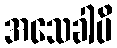
အသေခါပိ